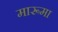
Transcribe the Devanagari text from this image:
मारूमा